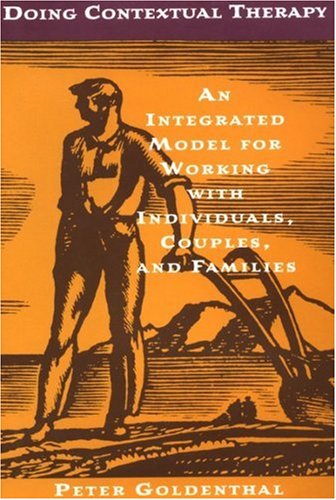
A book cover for Doing Contextual Therapy: An Integrated Model for Working with Individuals, Couples, and Families; Peter Goldenthal; Health, Fitness & Dieting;